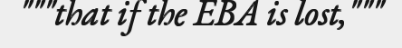
"""that if the EBA is lost,"""